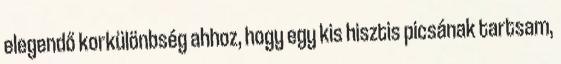
elegendő korkülönbség ahhoz, hogy egy kis hisztis picsának tartsam,